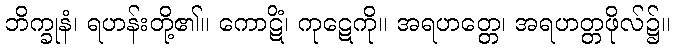
ဘိက္ခုနံ၊ ရဟန်းတို့၏။ ကောဋိံ၊ ကုဋေကို။ အရဟတ္တေ၊ အရဟတ္တဖိုလ်၌။